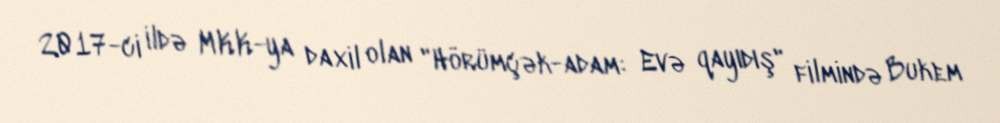
2017-ci ildə MKK-ya daxil olan "Hörümçək-adam: Evə qayıdış" filmində Bukem